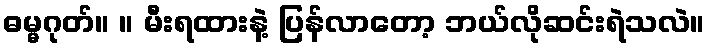
ဓမ္မဂုတ်။ ။ မီးရထားနဲ့ ပြန်လာတော့ ဘယ်လိုဆင်းရဲသလဲ။